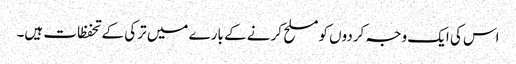
اس کی ایک وجہ کردوں کو مسلح کرنے کے بارے میں ترکی کے تحفظات ہیں۔